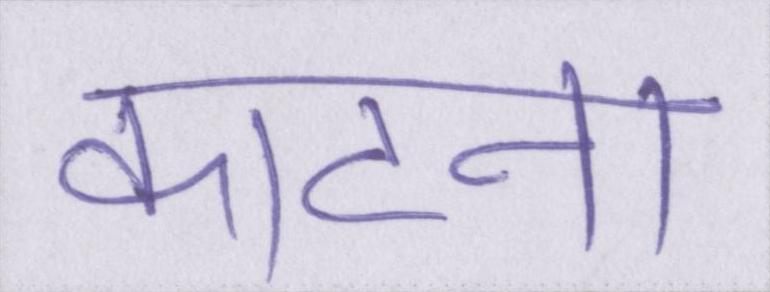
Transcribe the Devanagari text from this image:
काटना